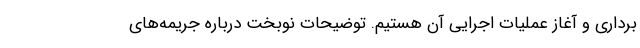
برداری و آغاز عملیات اجرایی آن هستیم. توضیحات نوبخت درباره جریمه‌های